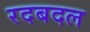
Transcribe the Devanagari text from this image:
रदबदल